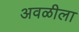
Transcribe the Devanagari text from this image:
अवळीला